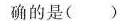
确的是( )